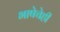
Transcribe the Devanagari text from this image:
भाषेचेही